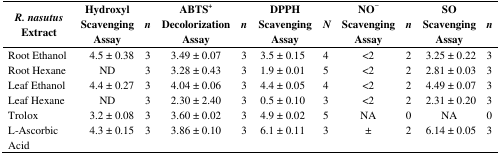
<table><thead><tr><td><b><i>R. nasutus</i> Extract</b></td><td><b>Hydroxyl Scavenging Assay</b></td><td><b><i>n</i></b></td><td><b>ABTS<sup>+</sup> Decolorization Assay</b></td><td><b><i>n</i></b></td><td><b>DPPH Scavenging Assay</b></td><td><b><i>N</i></b></td><td><b>NO<sup>−</sup> Scavenging Assay</b></td><td><b><i>n</i></b></td><td><b>SO Scavenging Assay</b></td><td><b><i>n</i></b></td></tr></thead><tbody><tr><td>Root Ethanol</td><td>4.5 ± 0.38</td><td>3</td><td>3.49 ± 0.07</td><td>3</td><td>3.5 ± 0.15</td><td>4</td><td>&lt;2</td><td>2</td><td>3.25 ± 0.22</td><td>3</td></tr><tr><td>Root Hexane</td><td>ND</td><td>3</td><td>3.28 ± 0.43</td><td>3</td><td>1.9 ± 0.01</td><td>5</td><td>&lt;2</td><td>2</td><td>2.81 ± 0.03</td><td>3</td></tr><tr><td>Leaf Ethanol</td><td>4.4 ± 0.27</td><td>3</td><td>4.04 ± 0.06</td><td>3</td><td>4.4 ± 0.05</td><td>4</td><td>&lt;2</td><td>2</td><td>4.49 ± 0.07</td><td>3</td></tr><tr><td>Leaf Hexane</td><td>ND</td><td>3</td><td>2.30 ± 2.40</td><td>3</td><td>0.5 ± 0.10</td><td>3</td><td>&lt;2</td><td>2</td><td>2.31 ± 0.20</td><td>3</td></tr><tr><td>Trolox</td><td>3.2 ± 0.08</td><td>3</td><td>3.60 ± 0.02</td><td>3</td><td>4.9 ± 0.02</td><td>5</td><td>NA</td><td>0</td><td>NA</td><td>0</td></tr><tr><td>L-Ascorbic Acid</td><td>4.3 ± 0.15</td><td>3</td><td>3.86 ± 0.10</td><td>3</td><td>6.1 ± 0.11</td><td>3</td><td>±</td><td>2</td><td>6.14 ± 0.05</td><td>3</td></tr></tbody></table>